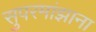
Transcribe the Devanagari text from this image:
सुपरमांझाना